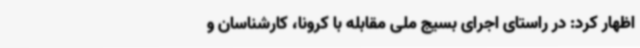
اظهار کرد: در راستای اجرای بسیج ملی مقابله با کرونا، کارشناسان و